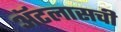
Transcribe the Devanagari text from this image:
ॲटलासची